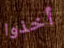
أخذوا